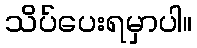
သိပ်ပေးရမှာပါ။